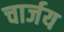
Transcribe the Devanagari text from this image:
चार्जय